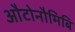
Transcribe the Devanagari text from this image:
औटोनौमिबि